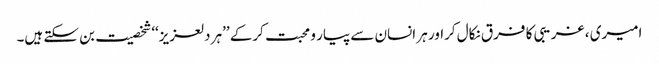
امیری ، غریبی کا فرق نکال کراور ہر انسان سے پیار و محبت کرکے ’’ہر دلعزیز‘‘ شخصیت بن سکتے ہیں۔